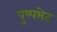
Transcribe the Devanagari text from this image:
पुष्पभेद